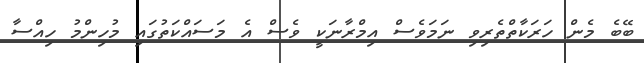
ބޭބެ މެން ހަރަކާތްތެރިވި ނަމަވެސް އިމްރާނަކީ ވެސް އެ މަސައްކަތުގައި މުހިންމު ހިއްސާ